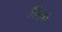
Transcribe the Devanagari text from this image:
दिलमे